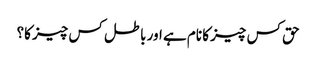
حق کس چیز کا نام ہے اور باطل کس چیز کا؟